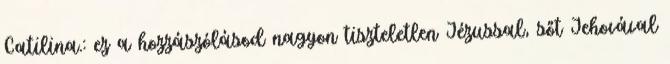
Catilina.: ez a hozzászólásod nagyon tiszteletlen Jézussal, sőt Jehovával